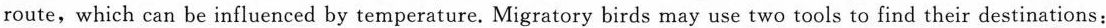
route, which can be influenced by temperature. Migratory birds may use two tools to find their destinations: